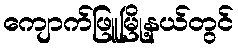
ကျောက်ဖြူမြို့နယ်တွင်